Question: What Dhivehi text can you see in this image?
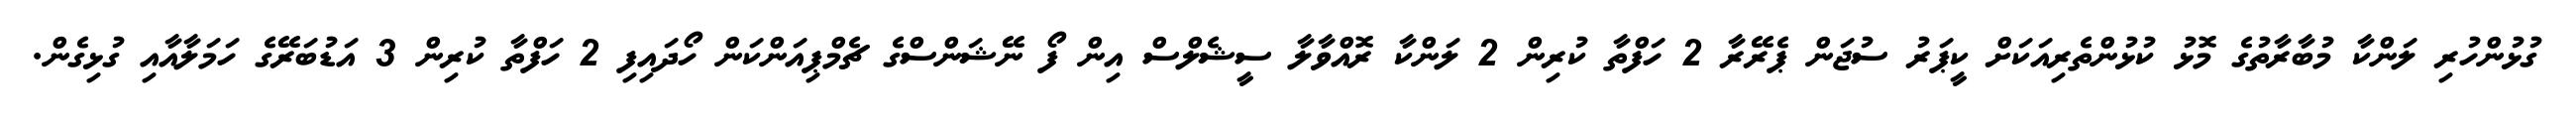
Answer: ގުޅުންހުރި ލަންކާ މުބާރާތުގެ މޮޅު ކުޅުންތެރިއަކަށް ކީޕަރު ސުޖަން ޕެރޭރާ 2 ހަފްތާ ކުރިން 2 ލަންކާ ރޮއްވާލާ ސީޝެލްސް އިން ފޯ ނޭޝަންސްގެ ޗެމްޕިއަންކަން ހޯދައިފި 2 ހަފްތާ ކުރިން 3 އަޑުބަރޭގެ ހަމަލާއާއި ގުޅިގެން.